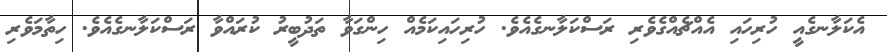
އެކަލާނގެއީ ހުރިހައި އެއްޗެއްގެވެރި ރަސްކަލާނގެއެވެ. ހުރިހައިކަމެއް ހިންގަވާ ތަދުބީރު ކުރައްވާ ރަސްކަލާނގެއެވެ. ހިތާމަވެރި